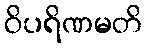
ဝိပရိဏမတိ